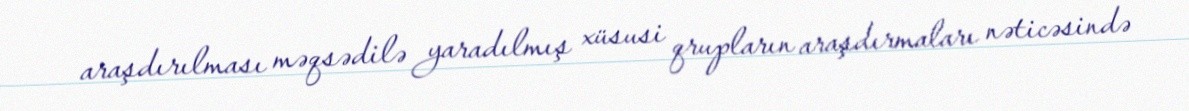
araşdırılması məqsədilə yaradılmış xüsusi qrupların araşdırmaları nəticəsində